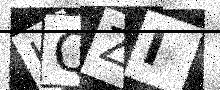
Text: KQZI